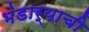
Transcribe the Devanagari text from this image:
भंडार्‍याची